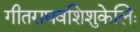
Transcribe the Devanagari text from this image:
गीतराघवशिशुकेलिः